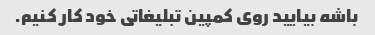
باشه بیایید روی کمپین تبلیغاتی خود کار کنیم.